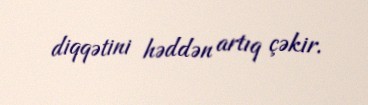
diqqətini həddən artıq çəkir.